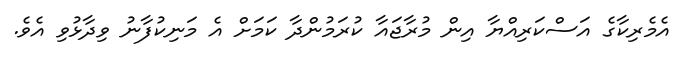
އެމެރިކާގެ އަސްކަރިއްޔާ އިން މުރާޖައާ ކުރަމުންދާ ކަމަށް އެ މަނިކުފާނު ވިދާޅުވި އެވެ.